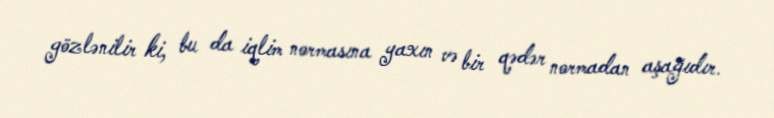
gözlənilir ki, bu da iqlim normasına yaxın və bir qədər normadan aşağıdır.